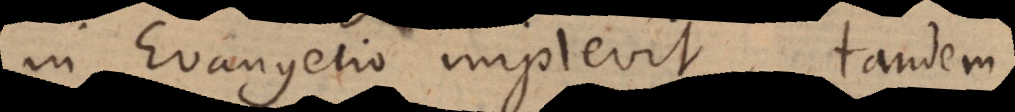
in Evangelio implevit, tandem